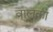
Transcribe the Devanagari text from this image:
वालका